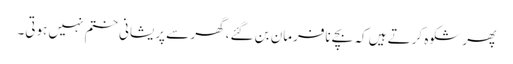
پھر شکوہ کرتے ہیں کہ بچے نافرمان بن گئے، گھر سے پریشانی ختم نہیں ہوتی۔